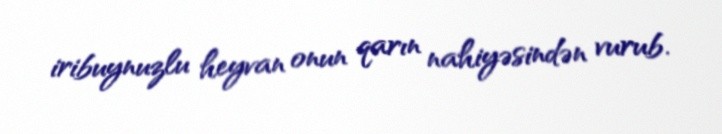
iribuynuzlu heyvan onun qarın nahiyəsindən vurub.